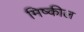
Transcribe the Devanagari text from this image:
मिष्कील